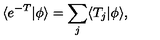
\langle e ^ { - T } | \phi \rangle = \sum _ { j } \langle T _ { j } | \phi \rangle ,